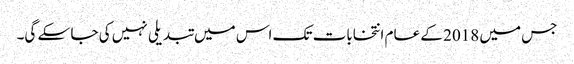
جس میں 2018 کے عام انتخابات تک اس میں تبدیلی نہیں کی جا سکے گی۔